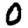
Digit: 0